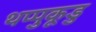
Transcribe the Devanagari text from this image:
थप्पुकूडु